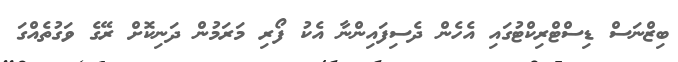
ބިޒްނަސް ޑިސްޓްރިކްޓުގައި އެހެން ދެސިފައިންނާ އެކު ފޯރި މަރަމުން ދަނިކޮށް ރޭގެ ވަގުތެއްގަ